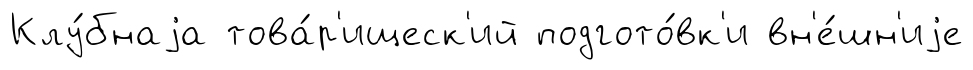
Клу́бнаjа това́р'ищеск'ий подгото́вк'и вн'е́шн'иjе